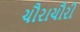
ચૌરાચૌરી